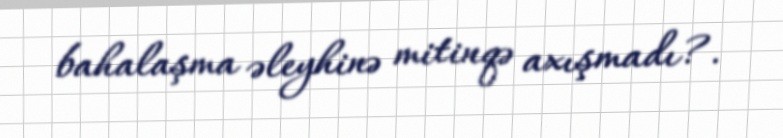
bahalaşma əleyhinə mitinqə axışmadı?.